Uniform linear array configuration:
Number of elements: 4
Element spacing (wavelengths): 0.75
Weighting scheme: binomial
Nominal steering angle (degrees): -45
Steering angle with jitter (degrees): -46.433
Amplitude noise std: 0.05
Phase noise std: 0.05

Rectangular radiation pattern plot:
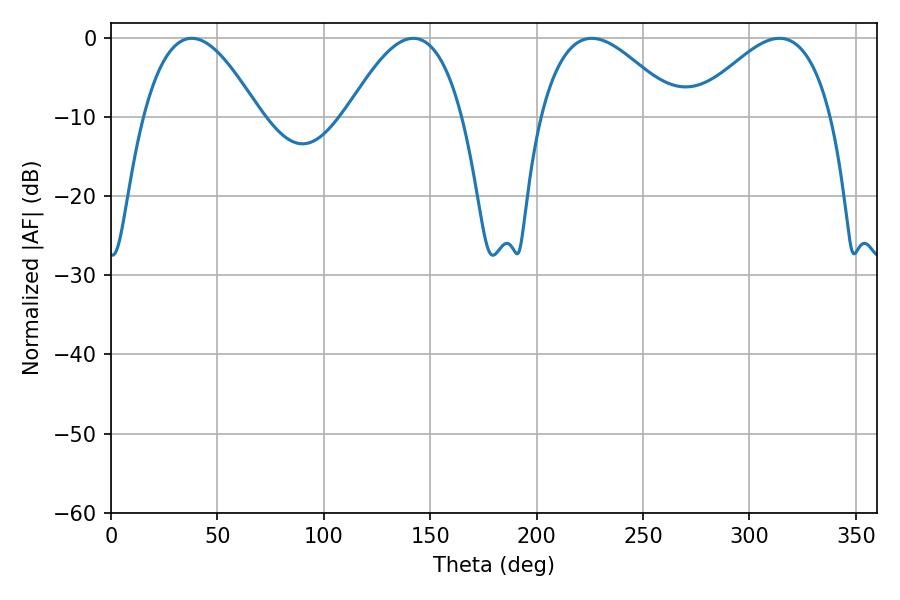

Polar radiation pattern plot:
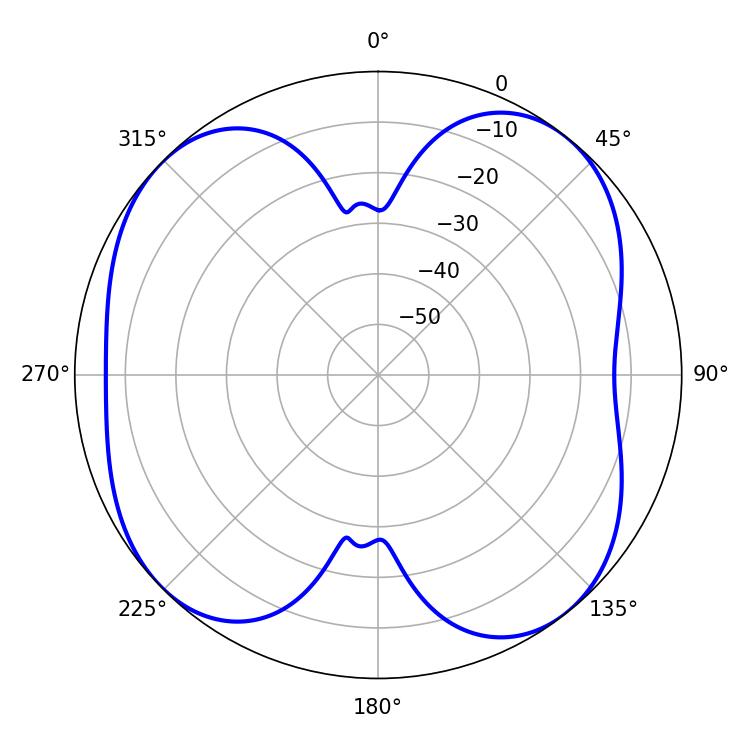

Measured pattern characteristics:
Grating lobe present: TRUE
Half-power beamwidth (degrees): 35.1
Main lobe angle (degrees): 225.9